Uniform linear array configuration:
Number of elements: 16
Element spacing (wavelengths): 0.5
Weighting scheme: hamming
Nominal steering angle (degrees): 45
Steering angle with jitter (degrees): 46.325
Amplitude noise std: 0.05
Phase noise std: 0.05

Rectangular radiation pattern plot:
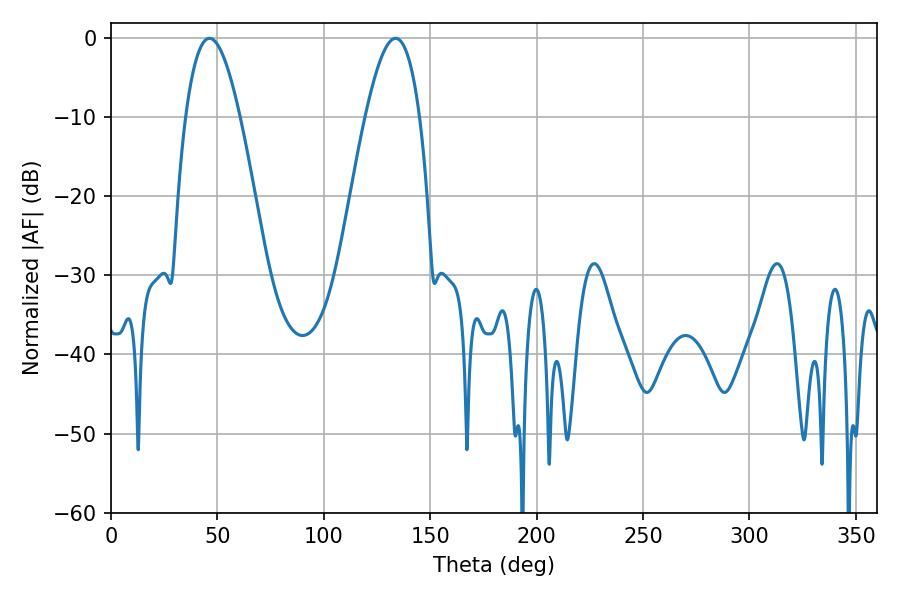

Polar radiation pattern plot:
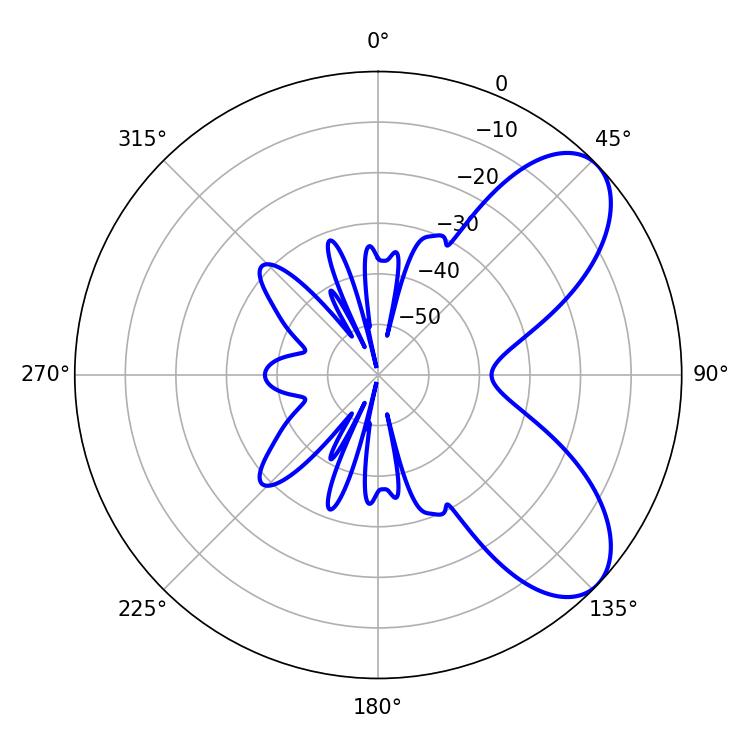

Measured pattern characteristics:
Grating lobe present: FALSE
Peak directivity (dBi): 7.176
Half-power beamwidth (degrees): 13.86
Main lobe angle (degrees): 46.26